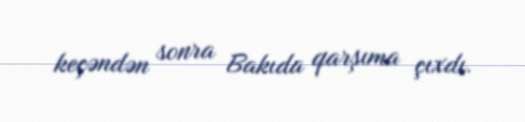
keçəndən sonra Bakıda qarşıma çıxdı.